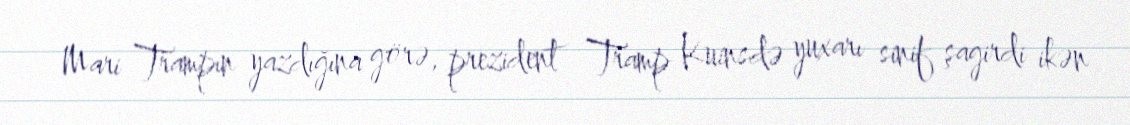
Mari Trampın yazdığına görə, prezident Tramp Kuinsdə yuxarı sinif şagirdi ikən